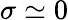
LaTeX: \sigma\simeq 0